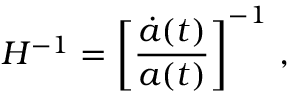
H ^ { - 1 } = \left[ \frac { \dot { a } ( t ) } { a ( t ) } \right] ^ { - 1 } \, ,